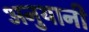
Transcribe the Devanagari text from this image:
अनुयानी